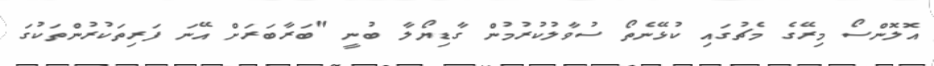
އޮލޮންސޯ މިރޭގެ މެޗުގައި ކުޅޭނެތޯ ސުވާލުކުރުމުން ގާޑިޔޯލާ ބުނީ "ބަރާބަރަށް އޭނަ ފަރިތަކުރުންތަކުގަ